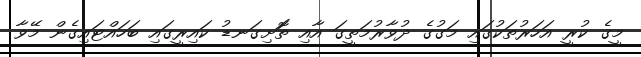
މީގެ ކުރީ އަހަރުތަކުގައި މަގުގެ ދުވާރުމަތީގަ އާއި ތަޮށިގަނޑު ކައިރީގައި ބަހައްޓައިގެން މޭވާ